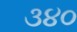
૩૪૦